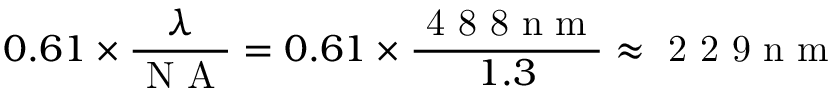
0 . 6 1 \times \frac { \lambda } { \mathrm { ~ N ~ A ~ } } = 0 . 6 1 \times \frac { \mathrm { ~ 4 ~ 8 ~ 8 ~ n ~ m ~ } } { 1 . 3 } \approx \mathrm { ~ 2 ~ 2 ~ 9 ~ n ~ m ~ }